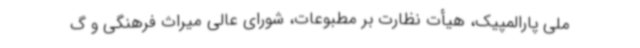
ملی پارالمپیک، هیأت نظارت بر مطبوعات، شورای عالی میراث فرهنگی و گ